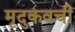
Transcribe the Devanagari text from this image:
मृदुकवची